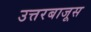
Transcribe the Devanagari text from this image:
उत्तरबाजूस